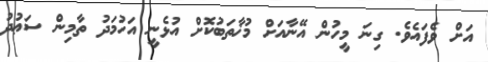
އަށް ވެފައެވެ. ގިނަ މީހުން އޭނާއަށް މުޚާތަބުކޮށް އުޅެނީ އަހުމަދު ތާމިން ސަޢުދު